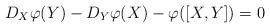
LaTeX: \begin{align*} D_{X}\varphi(Y)-D_{Y}\varphi(X)-\varphi([X,Y])=0\end{align*}